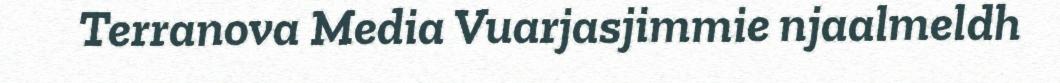
Terranova Media Vuarjasjimmie njaalmeldh